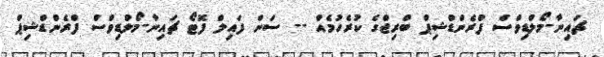
ޗައިނާ-މޯލްޑިވްސް ފްރެންޑްޝިޕް ބްރިޖްގެ ކުރެހުމެއް -- ސަން ފައިލް ފޮޓޯ ޗައިނާ-މޯލްޑިވްސް ފްރެންޑްޝިޕް